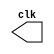
// ------------------------- 
// Exemplo0042 - CLOCK
// Nome: Gabriel Carlos Damasceno Arriel
// ------------------------- 

// ---------------------------
// -- test clock generator (2)
// ---------------------------
module clock ( clk );
output clk;
reg      clk;
initial
  begin
   clk = 1'b0;
  end
always
  begin
   #12 clk = ~clk;
  end
endmodule

module pulse ( signal, clock );
input  clock;
output signal;
reg      signal;
always @ ( clock )
	begin
        signal = 1'b1;
	 #3  signal = 1'b0;
	 #3  signal = 1'b1;
	 #3  signal = 1'b0;
	end
endmodule // pulse

module trigger ( signal, on, clock );
input  on, clock;
output signal;
reg      signal;
always @ ( posedge clock & on )
	begin
	 #60 signal = 1'b1;
	 #60 signal = 1'b0;
	end
endmodule // trigger

module Exemplo0042;
wire  clock;
clock clk ( clock );
reg   p;
wire  p1,t1;
pulse   pulse1   ( p1, clock );
trigger trigger1 ( t1, p, clock );
initial begin
   p = 1'b0;
end
initial begin
  $dumpfile ( "Exemplo0042.vcd" );
  $dumpvars ( 1, clock, p1, p, t1 );
#060 p = 1'b1;
#120 p = 1'b0;
#180 p = 1'b1;
#240 p = 1'b0;
#300 p = 1'b1;
#360 p = 1'b0;
#376 $finish;
end
endmodule // Exemplo0042